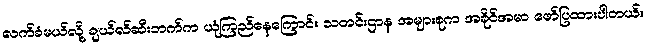
လက်ခံမယ်လို့ ချယ်လ်ဆီးဘက်က ယုံကြည်နေကြောင်း သတင်းဌာန အများစုက အခိုင်အမာ ဖော်ပြထားပါတယ်။